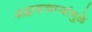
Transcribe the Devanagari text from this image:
श्रद्धासाधर्म्यामुळे